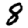
Digit: 8